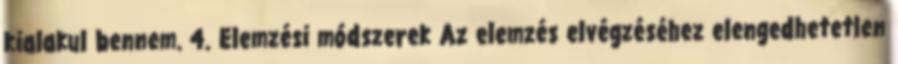
kialakul bennem. 4. Elemzési módszerek Az elemzés elvégzéséhez elengedhetetlen